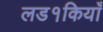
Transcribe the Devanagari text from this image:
लड१कियाँ